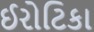
ઈરોટિકા